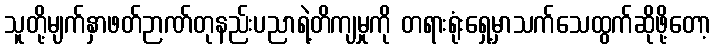
သူတို့မျက်နှာဖတ်ဉာဏ်တုနည်းပညာရဲ့တိကျမှုကို တရားရုံးရှေ့မှာသက်သေထွက်ဆိုဖို့တော့